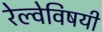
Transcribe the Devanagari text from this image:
रेल्वेविषयी